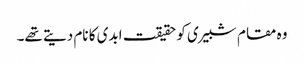
وہ مقام شبیری کو حقیقت ابدی کا نام دیتے تھے۔